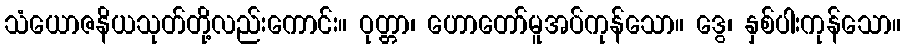
သံယောဇနိယသုတ်တို့လည်းကောင်း။ ဝုတ္တာ၊ ဟောတော်မူအပ်ကုန်သော။ ဒွေ၊ နှစ်ပါးကုန်သော။